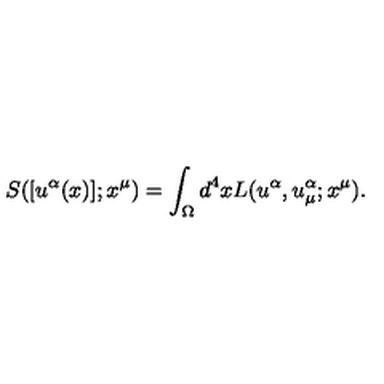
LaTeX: { S } ( [ u ^ { \alpha } ( x ) ] ; x ^ { \mu } ) = \int _ { \Omega } d ^ { 4 } x { L } ( u ^ { \alpha } , u _ { \mu } ^ { \alpha } ; x ^ { \mu } ) .